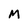
Character: M